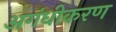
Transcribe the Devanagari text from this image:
अगंधीकरण